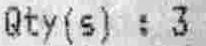
QTY(S):3